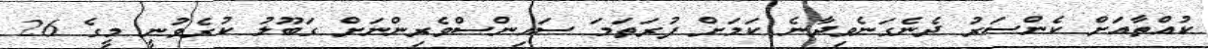
ކުއްތާއަށް ކެންސަރު ދެނެގަނެވިދާނެ ކަމަށް ފުރަތަމަ ސައިންސްވެރިންނަށް ގަބޫލު ކުރެވުނީ މީގެ 26